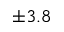
\pm 3 . 8